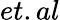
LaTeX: et.al